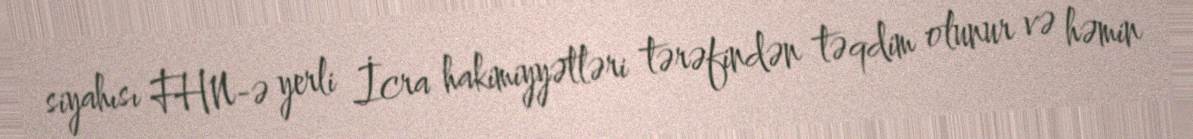
siyahısı FHN-ə yerli İcra hakimiyyətləri tərəfindən təqdim olunur və həmin